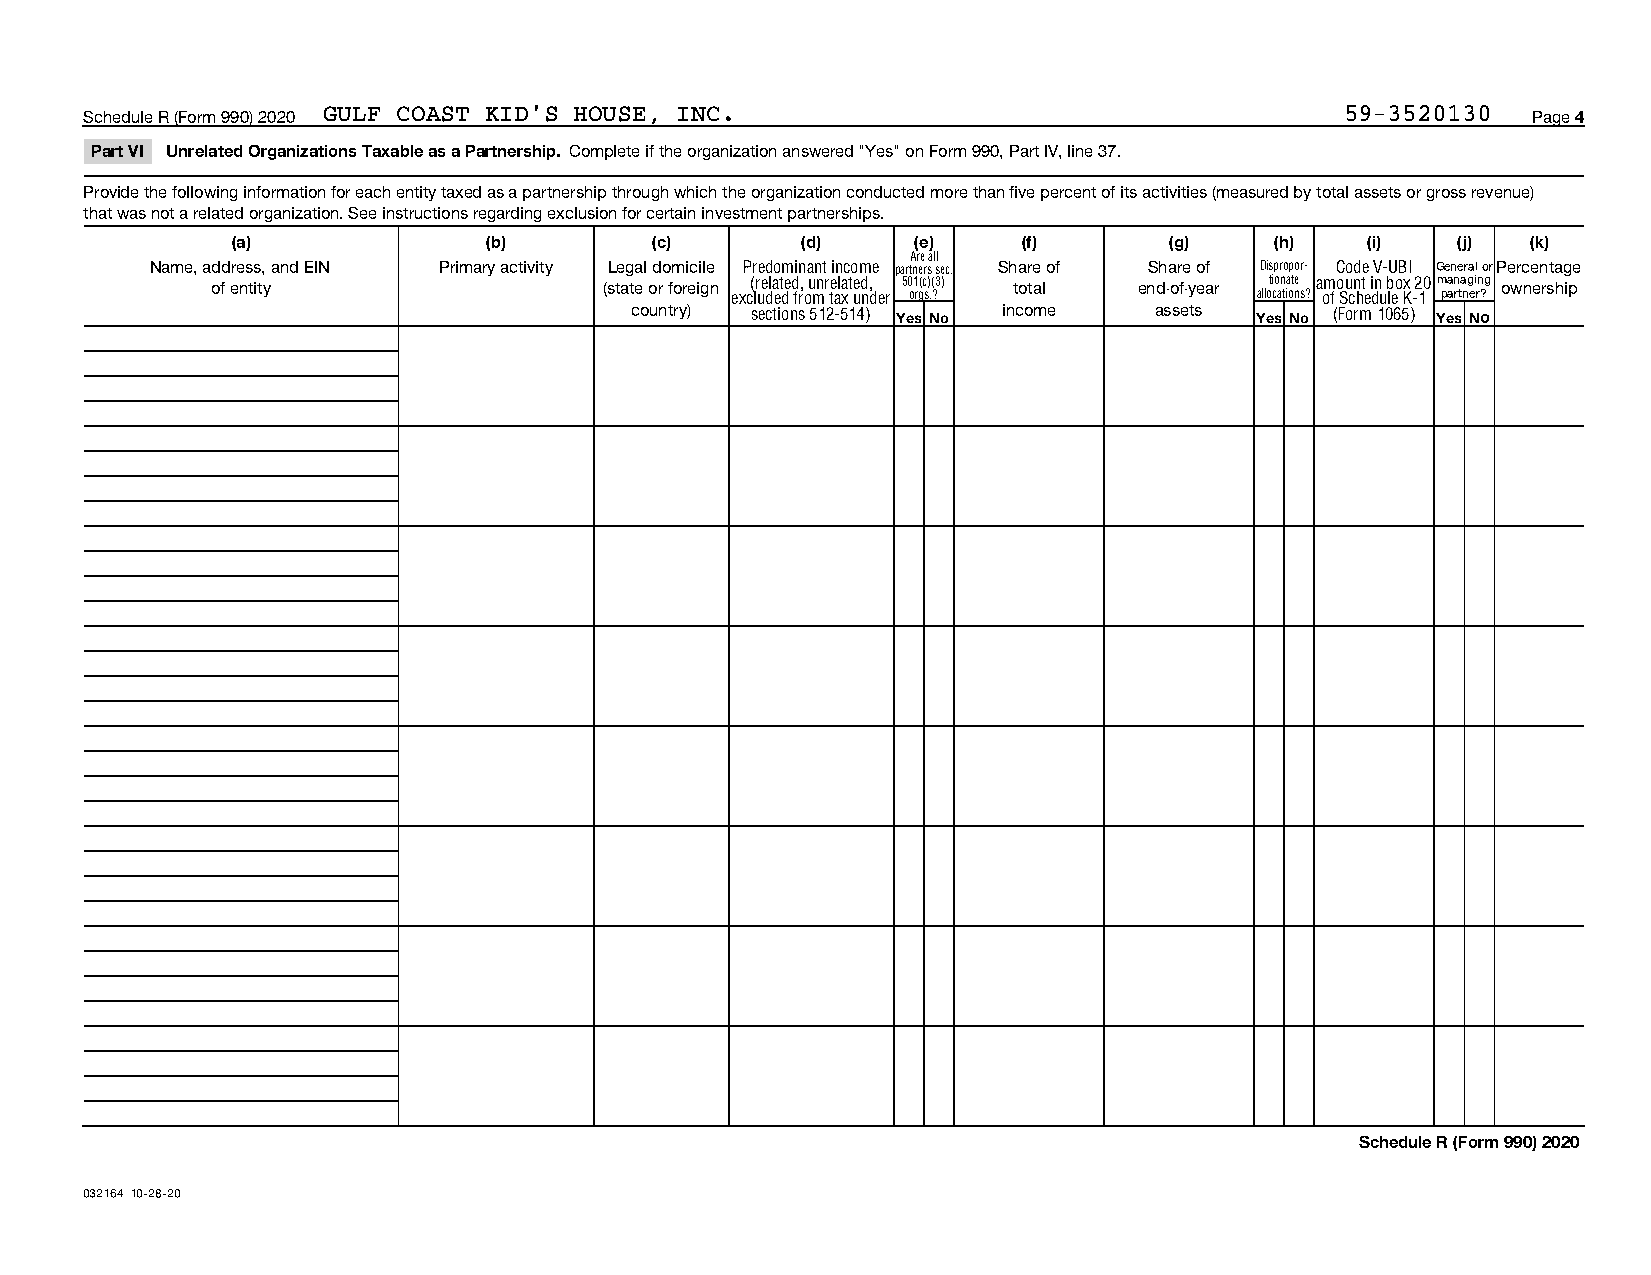
Schedule R (Form 990) 2020 GULF COAST KID'S HOUSE, INC.                            59-3520130  Page 4
 Part VI Unrelated Organizations Taxable as a Partnership. Complete if the organization answered "Yes" on Form 990, Part IV, line 37.
 Provide the following information for each entity taxed as a partnership through which the organization conducted more than five percent of its activities (measured by total assets or gross revenue)
 that was not a related organization. See instructions regarding exclusion for certain investment partnerships.
 (a)              (b)        (c)       (d)     (e)    (f)      (g)    (h)   (i)   (j)  (k)
 Are all
 Name, address, and EIN Primary activity Legal domicile Predominant income partners sec. Share of Share of Dispropor- Code V-UBI General orPercentage
 of entity                 (state or foreign (related, unrelated, 501(c)(3) total end-of-year tionate amount in box 20managing ownership
 excluded from tax under orgs.?     allocations? of Schedule K-1 partner?
 country) sections 512-514) Yes No income assets Yes No (Form 1065) Yes No
 Schedule R (Form 990) 2020
 032164 10-28-20